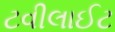
ટવીલાઈટ